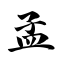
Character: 孟